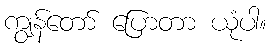
ကျွန်တော် ပြောတာ ယုံပါ။